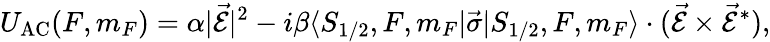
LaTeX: U_{\mathrm{{AC}}}(F,m_{F})=\alpha|\vec{\mathcal{E}}|^{2}-i\beta\langle S_{1/2},F,m_{F}|\vec{\sigma}|S_{1/2},F,m_{F}\rangle\cdot(\vec{\mathcal{E}}\times\vec{\mathcal{E}}^{\ast}),